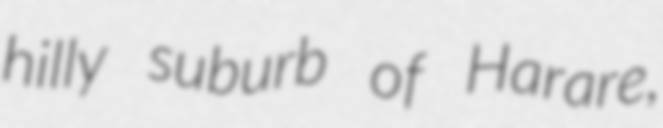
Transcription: hilly suburb of Harare,